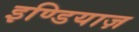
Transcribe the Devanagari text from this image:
इण्डियाज़